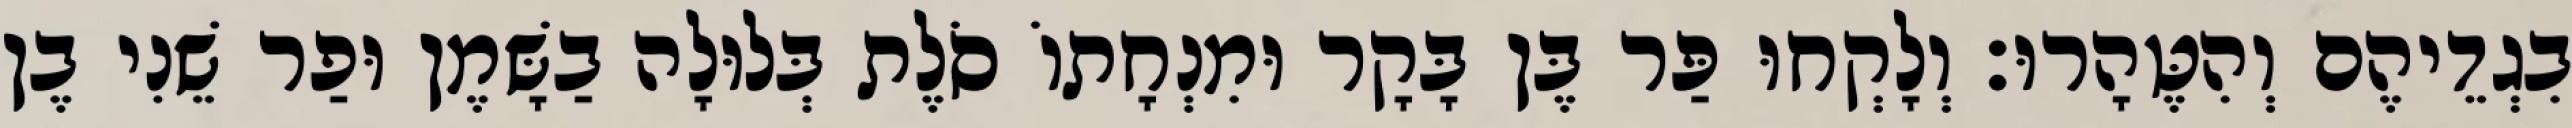
בִגְדֵיהֶם וְהִטֶּהָרוּ׃ וְלָקְחוּ פַּר בֶּן בָּקָר וּמִנְחָתוֹ סֹלֶת בְּלוּלָה בַשָּׁמֶן וּפַר שֵׁנִי בֶן